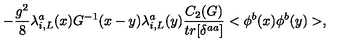
- \frac { g ^ { 2 } } { 8 } \lambda _ { i , L } ^ { a } ( x ) G ^ { - 1 } ( x - y ) \lambda _ { i , L } ^ { a } ( y ) \frac { C _ { 2 } ( G ) } { t r [ \delta ^ { a a } ] } < \phi ^ { b } ( x ) \phi ^ { b } ( y ) > ,